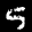
Label: 5